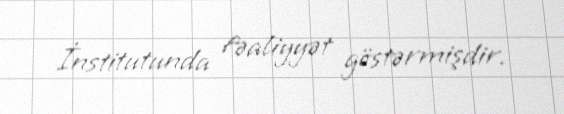
İnstitutunda fəaliyyət göstərmişdir.